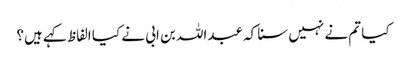
کیا تم نے نہیں سنا کہ عبداللہ بن ابی نے کیا الفاظ کہے ہیں؟